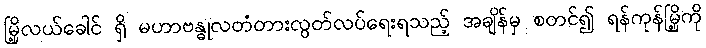
မြို့လယ်ခေါင် ရှိ မဟာဗန္ဓုလတံတားလွတ်လပ်ရေးရသည့် အချိန်မှ စတင်၍ ရန်ကုန်မြို့ကို